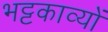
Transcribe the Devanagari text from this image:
भट्टकाव्यों